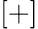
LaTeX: [+]